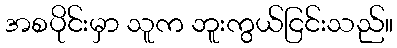
အစပိုင်းမှာ သူက ဘူးကွယ်ငြင်းသည်။